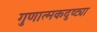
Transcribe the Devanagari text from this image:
गुणात्मकदुष्ट्या